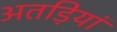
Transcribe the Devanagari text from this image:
अतड़ियां